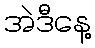
အဲဒီနေ့